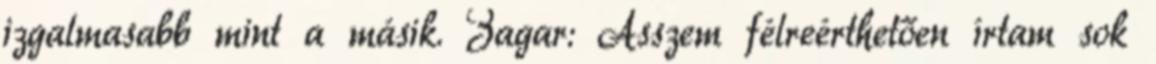
izgalmasabb mint a másik. Zagar: Asszem félreérthetően írtam sok